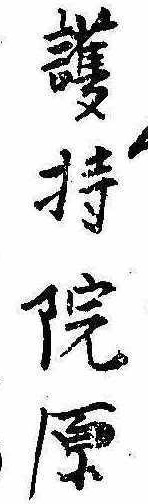
護持院原